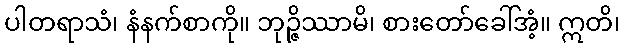
ပါတရာသံ၊ နံနက်စာကို။ ဘုဉ္ဇိဿာမိ၊ စားတော်ခေါ်အံ့။ ဣတိ၊